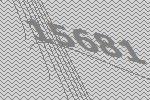
15681